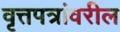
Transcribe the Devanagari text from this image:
वृत्तपत्रांवरील